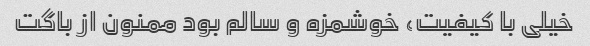
خیلی با کیفیت، خوشمزه و سالم بود ممنون از باگت